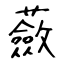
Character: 蘞